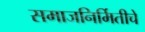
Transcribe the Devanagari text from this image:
समाजनिर्मितीचे